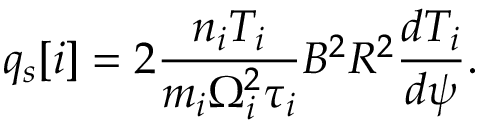
q _ { s } [ i ] = 2 \frac { n _ { i } T _ { i } } { m _ { i } \Omega _ { i } ^ { 2 } \tau _ { i } } B ^ { 2 } R ^ { 2 } \frac { d T _ { i } } { d \psi } .